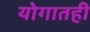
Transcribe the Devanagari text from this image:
योगातही